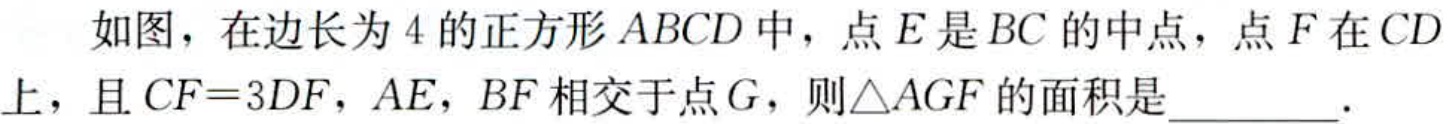
如图，在边长为\(4\)的正方形\(ABCD\)中，点\(E\)是\(BC\)的中点，点\(F\)在\(CD\)上，且\(CF = 3DF\)，\(AE\)，\(BF\)相交于点\(G\)，则\(\triangle AGF\)的面积是  ．